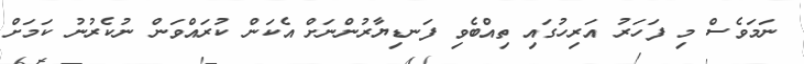
ނަމަވެސް މި ފަހަރު އަރިހުގައި ތިއްބެވި ފަނޑިޔާރުންނަށް އެކަން ކުރައްވަން ނުކެރުނު ކަމަށް